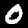
Label: 0